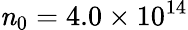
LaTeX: \mathit{n}_{0}=4.0\times 10^{14}